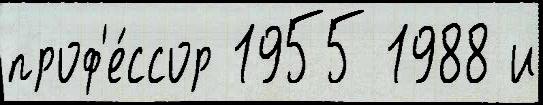
проф'е́ссор 1955 1988 и